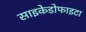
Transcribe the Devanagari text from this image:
साइकेडोफाइटा